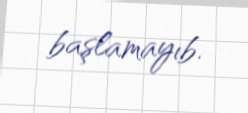
başlamayıb.